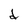
Character: d